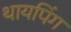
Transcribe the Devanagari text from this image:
थायपिंग